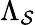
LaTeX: \Lambda_{\mathcal{S}}